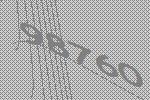
98760